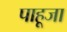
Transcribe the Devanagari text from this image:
पाहूजा